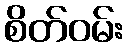
စိတ်ဝမ်း